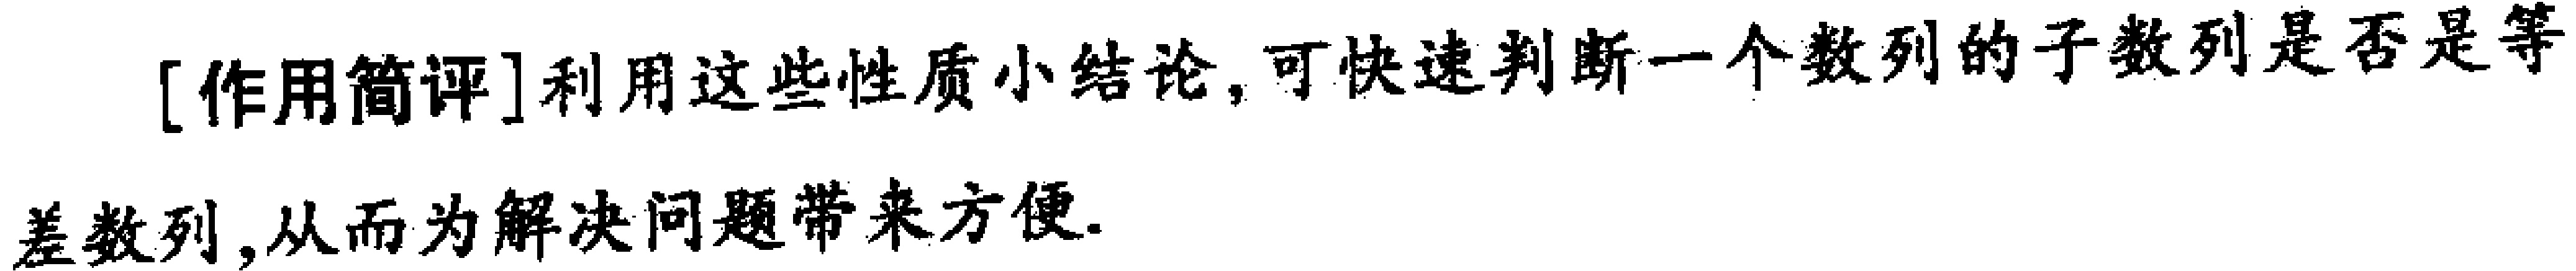
[作用简评]利用这些性质小结论, 可快速判断一个数列的子数列是否是等差数列, 从而为解决问题带来方便.